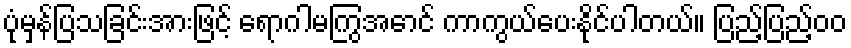
ပုံမှန်ပြသခြင်းအားဖြင့် ရောဂါမကြွအောင် ကာကွယ်ပေးနိုင်ပါတယ်။ ပြည့်ပြည့်ဝဝ